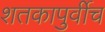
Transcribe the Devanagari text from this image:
शतकापुर्वीच